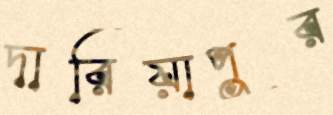
দারিয়াপুর